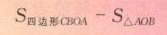
$S_{四边形CBOA}-S_{\triangle AOB}$